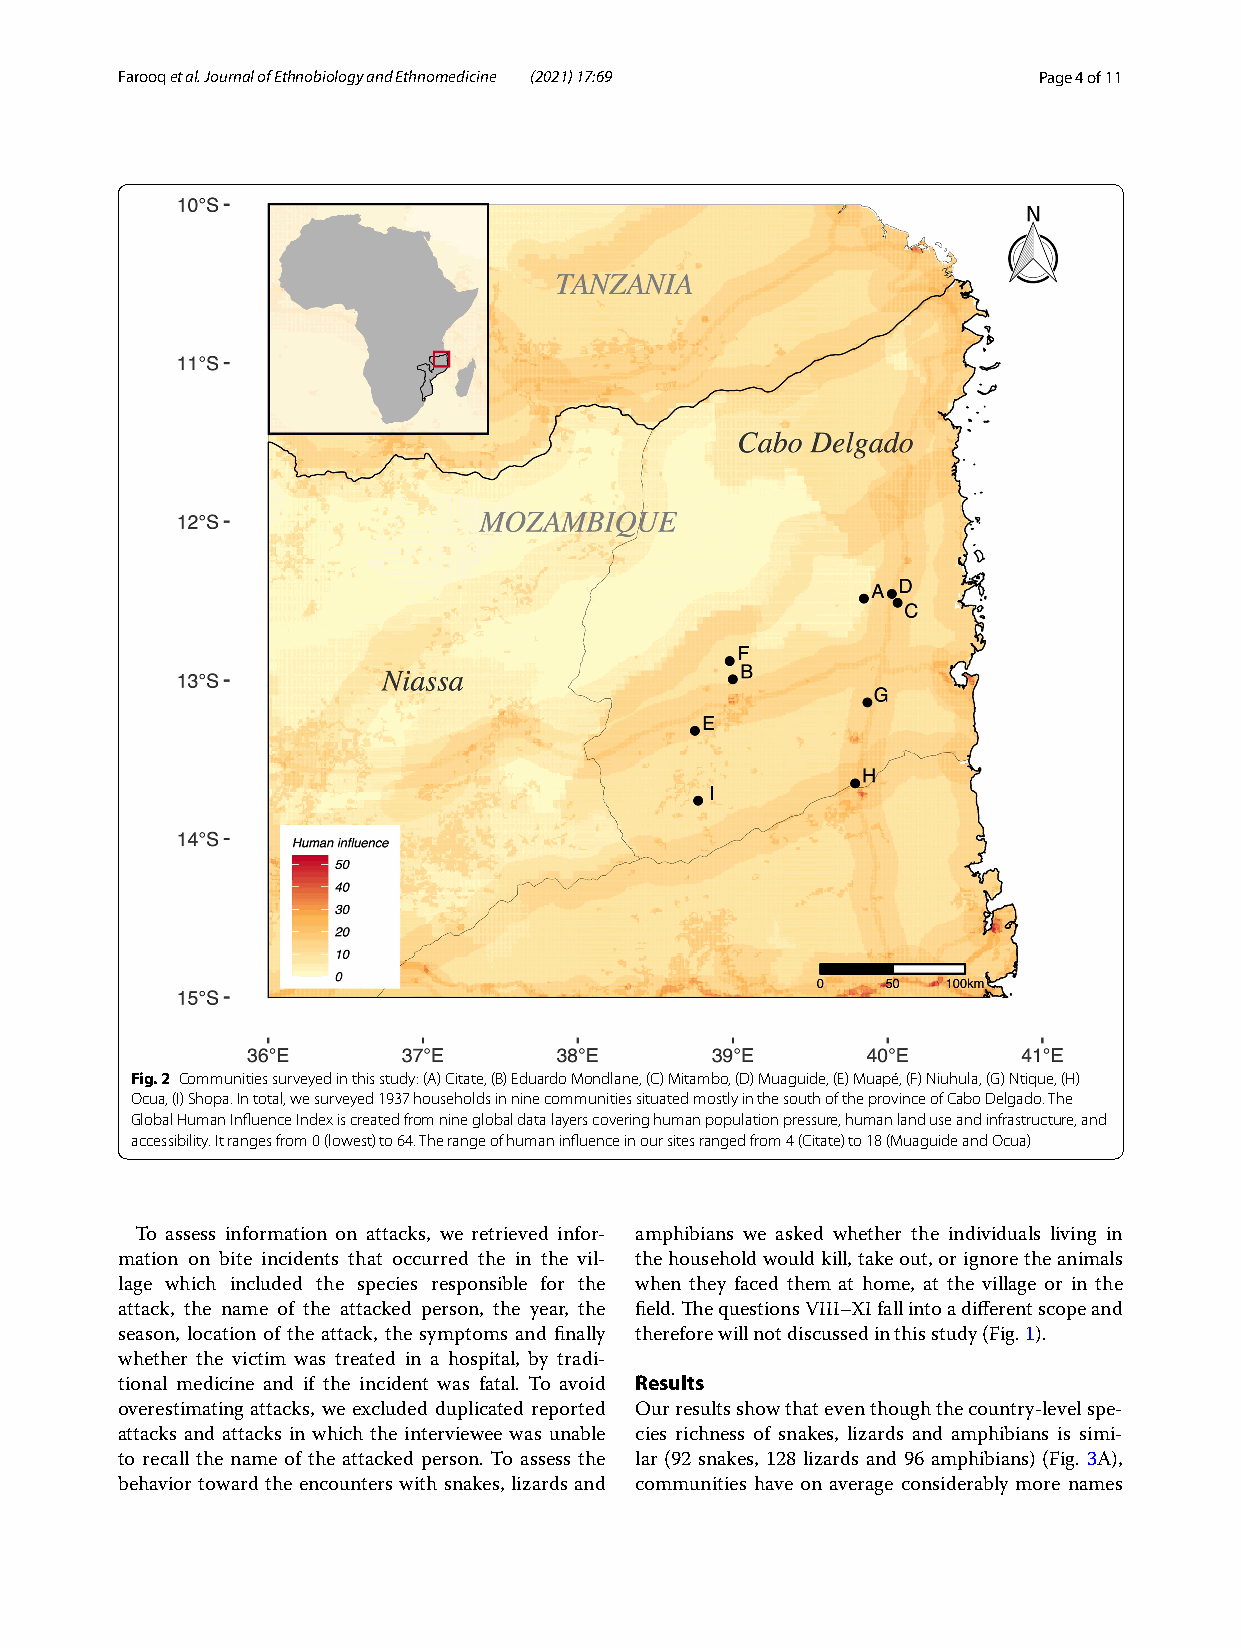
Farooq et al. Journal of Ethnobiology and Ethnomedicine (2021) 17:69 Page 4 of 11
 Fig. 2 Communities surveyed in this study: (A) Citate, (B) Eduardo Mondlane, (C) Mitambo, (D) Muaguide, (E) Muapé, (F) Niuhula, (G) Ntique, (H)
 Ocua, (I) Shopa. In total, we surveyed 1937 households in nine communities situated mostly in the south of the province of Cabo Delgado. The
 Global Human Influence Index is created from nine global data layers covering human population pressure, human land use and infrastructure, and
 accessibility. It ranges from 0 (lowest) to 64. The range of human influence in our sites ranged from 4 (Citate) to 18 (Muaguide and Ocua)
 To assess information on attacks, we retrieved infor- amphibians we asked whether the individuals living in
 mation on bite incidents that occurred the in the vil- the household would kill, take out, or ignore the animals
 lage which included the species responsible for the when they faced them at home, at the village or in the
 attack, the name of the attacked person, the year, the field. The questions VIII–XI fall into a different scope and
 season, location of the attack, the symptoms and finally therefore will not discussed in this study (Fig. 1).
 whether the victim was treated in a hospital, by tradi-
 Results
 tional medicine and if the incident was fatal. To avoid
 overestimating attacks, we excluded duplicated reported Our results show that even though the country-level spe-
 attacks and attacks in which the interviewee was unable cies richness of snakes, lizards and amphibians is simi-
 to recall the name of the attacked person. To assess the lar (92 snakes, 128 lizards and 96 amphibians) (Fig. 3A),
 behavior toward the encounters with snakes, lizards and communities have on average considerably more names